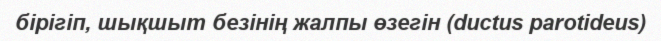
бірігіп, шықшыт безінің жалпы өзегін (ductus parotideus)